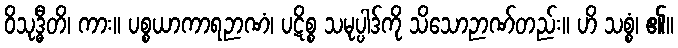
ဝိသုဒ္ဓီတိ၊ ကား။ ပစ္စယာကာရဉာဏံ၊ ပဋိစ္စ သမုပ္ပါဒ်ကို သိသောဉာဏ်တည်း။ ဟိ သစ္စံ၊ ၏။